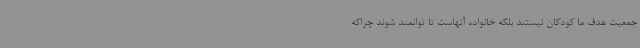
جمعیت هدف ما کودکان نیستند بلکه خانواده آنهاست تا توانمند شوند چراکه